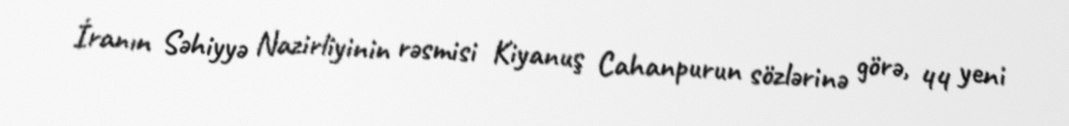
İranın Səhiyyə Nazirliyinin rəsmisi Kiyanuş Cahanpurun sözlərinə görə, 44 yeni